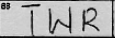
Transcription: TWR